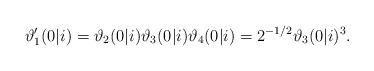
LaTeX: \begin{align*}\vartheta_{1}'(0\vert i)=\vartheta_{2}(0\vert i)\vartheta_{3}(0\vert i)\vartheta_{4}(0\vert i)=2^{-1/2}\vartheta_{3}(0\vert i)^{3} .\end{align*}